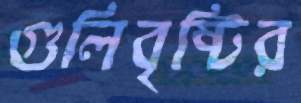
গুলিবৃষ্টির